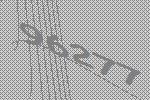
96277